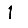
Digit: 1